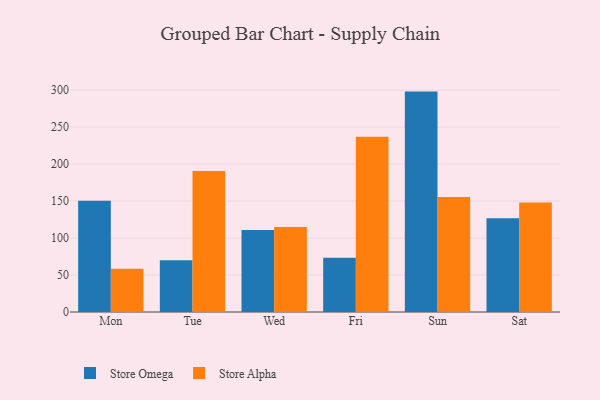
{"axis": {"x": "Day", "y": "Budget (USD K)"}, "legend": ["Store Alpha", "Store Omega"], "data": [{"x": "Mon", "y": 150.4, "type": "Store Omega"}, {"x": "Mon", "y": 58.4, "type": "Store Alpha"}, {"x": "Tue", "y": 70.0, "type": "Store Omega"}, {"x": "Tue", "y": 190.6, "type": "Store Alpha"}, {"x": "Wed", "y": 110.8, "type": "Store Omega"}, {"x": "Wed", "y": 114.8, "type": "Store Alpha"}, {"x": "Fri", "y": 73.2, "type": "Store Omega"}, {"x": "Fri", "y": 236.8, "type": "Store Alpha"}, {"x": "Sun", "y": 298.0, "type": "Store Omega"}, {"x": "Sun", "y": 155.4, "type": "Store Alpha"}, {"x": "Sat", "y": 126.6, "type": "Store Omega"}, {"x": "Sat", "y": 148.0, "type": "Store Alpha"}]}